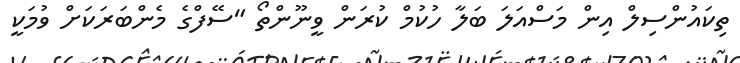
ތިކައުންސިލް އިން މަސްއަލަ ބަލާ ހުކުމް ކުރަން ވީނޫންތޯ "ސޭފްގެ މެންބަރަކަށް ވުމަކީ